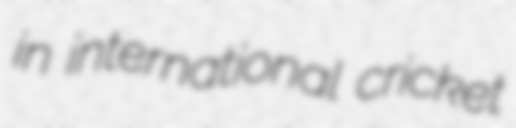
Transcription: in international cricket